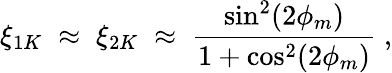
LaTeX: \xi_{1K}\; \approx\; \xi_{2K}\; \approx\; \frac{\sin^{2}(2\phi_{m})}{1+\cos^{2}(2\phi_{m})}\; ,